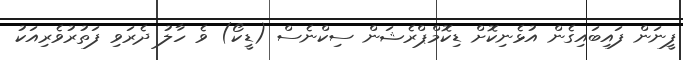
ފީނަން ފައިބައިގެން އުޅެނިކޮށް ޑިކޮމްޕްރެޝަން ސިކްނެސް (ޑީކޯ) ވެ ހާލު ދެރަވި ފަތުރުވެރިއަކު